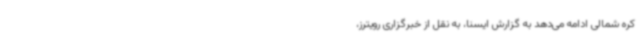
کره شمالی ادامه می‌دهد به گزارش ایسنا، به نقل از خبرگزاری رویترز،